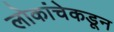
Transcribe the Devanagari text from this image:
लोकांचेकडून